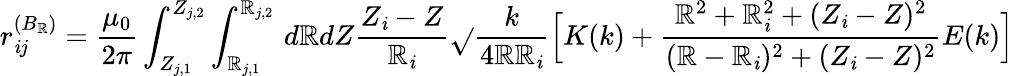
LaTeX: r_{\mathit{i}j}^{(B_{\mathbb{R}})}=\frac{{\mu_{0}}}{{2\pi}}\int_{Z_{j,1}}^{Z_{j,2}}\int_{\mathbb{R}_{j,1}}^{\mathbb{R}_{j,2}}\, d\mathbb{R}dZ\frac{{Z_{\mathit{i}}-Z}}{{\mathbb{R}_{\mathit{i}}}}\sqrt{}{{\frac{{k}}{{4\mathbb{R}\mathbb{R}_{\mathit{i}}}}}}\Big[K(k)+\frac{{\mathbb{R}^{2}+\mathbb{R}_{\mathit{i}}^{2}+(Z_{\mathit{i}}-Z)^{2}}}{{(\mathbb{R}-\mathbb{R}_{\mathit{i}})^{2}+(Z_{\mathit{i}}-Z)^{2}}}E(k)\Big]